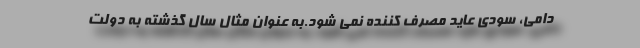
دامی، سودی عاید مصرف کننده نمی شود.به عنوان مثال سال گذشته به دولت